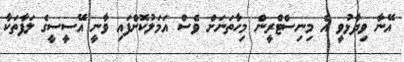
އޭނާ ވިދާޅުވީ އެ މިނިސްޓްރީން މިހާތަނަށް ވެސް އަމަލުކޮށްފައި ވާނީ އޭސީސީގެ ލަފާތަކާ